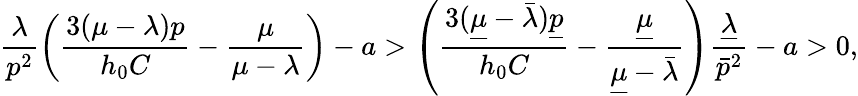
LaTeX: \frac{\lambda}{p^{2}}\left(\frac{3(\mu-\lambda)p}{h_{0}C}-\frac{\mu}{\mu-\lambda}\right)-a>\left(\frac{3(\underline{{\mu}}-\bar{\lambda})\underline{{p}}}{h_{0}C}-\frac{\underline{{\mu}}}{\underline{{\mu}}-\bar{\lambda}}\right)\frac{\underline{{\lambda}}}{\bar{p}^{2}}-a>0,